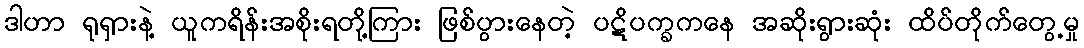
ဒါဟာ ရုရှားနဲ့ ယူကရိန်းအစိုးရတို့ကြား ဖြစ်ပွားနေတဲ့ ပဋိပက္ခကနေ အဆိုးရွားဆုံး ထိပ်တိုက်တွေ့မှု